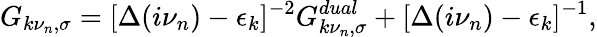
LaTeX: G_{k\nu_{n},\sigma}=[\Delta(i\nu_{n})-\epsilon_{k}]^{-2}G_{k\nu_{n},\sigma}^{dual}+[\Delta(i\nu_{n})-\epsilon_{k}]^{-1},